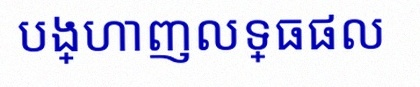
បង្ហាញលទ្ធផល